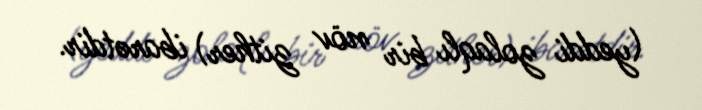
(yeddi zolaqlı bir növ zither) ibarətdir.